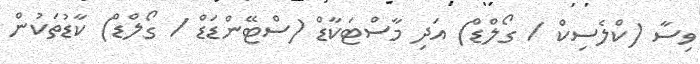
ވިސާ (ކްލެސިކް / ގޯލްޑް) އަދި މާސްޓަކާޑް (ސްޓޭންޑަޑް / ގޯލްޑް) ކާޑުތަކުން